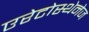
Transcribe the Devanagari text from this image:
एरेटोस्थेनेज